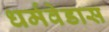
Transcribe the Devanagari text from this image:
धर्मवेडास